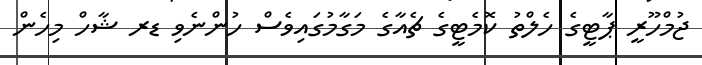
ޖުމްހޫރީ ޕާޓީގެ ހެލްތު ކޮމެޓީގެ ޗެއާގެ މަގާމުގައިވެސް ހުންނެވި ޑރ ޝާހް މިހެން